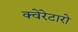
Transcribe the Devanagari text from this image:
क्वेरेटारो